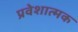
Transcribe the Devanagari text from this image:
प्रवेशात्मक